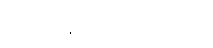
အင်မတန်ရဲရင့်သူ ဖြစ်သည်။